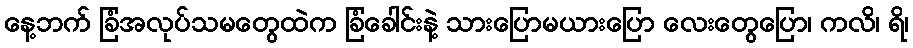
နေ့ဘက် ခြံအလုပ်သမတွေထဲက ခြံခေါင်းနဲ့ သားပြောမယားပြော လေးတွေပြော၊ ကလိ၊ ရိ၊